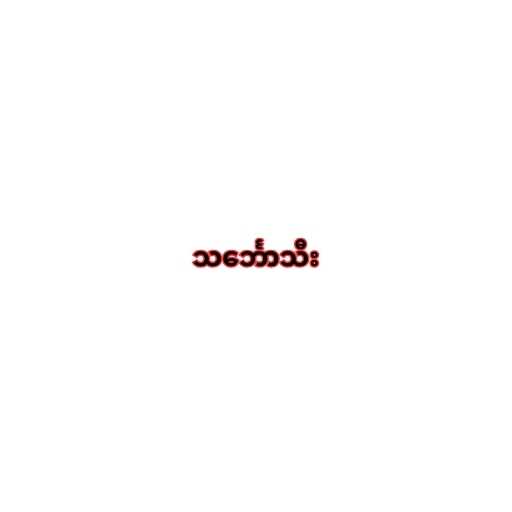
သင်္ဘောသီး